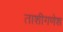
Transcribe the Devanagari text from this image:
ताशीगणेश